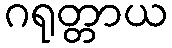
ဂရုတ္တာယ